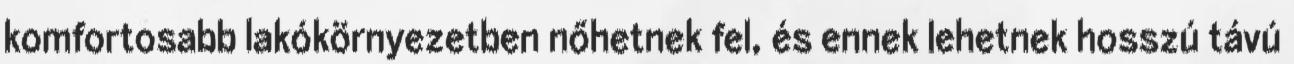
komfortosabb lakókörnyezetben nőhetnek fel, és ennek lehetnek hosszú távú